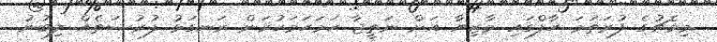
މިމެޗުގެ ފުރަތަމަ ހާފްގައި މާޒިޔާ އަށް ނަތީޖާ ހަމަހަމަކުރަން ރަނގަޅު ފުރުޞަތެއް ލިބުނު